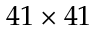
4 1 \times 4 1